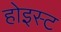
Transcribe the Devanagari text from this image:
होइस्ट